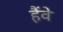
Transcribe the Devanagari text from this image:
हैंवे